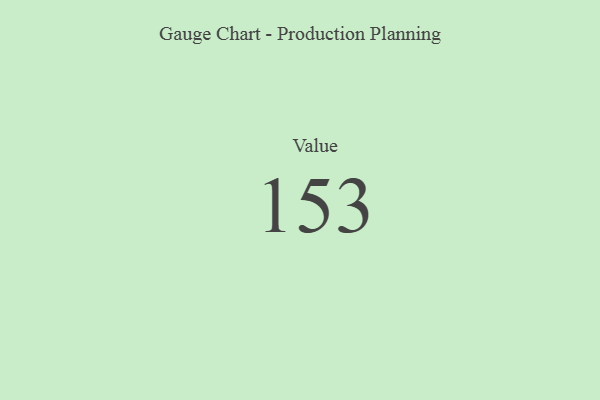
{"axis": {"x": "Metric", "y": "Value"}, "legend": [""], "data": [{"x": "Value", "y": 153, "type": ""}]}